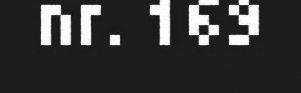
nr. 169